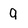
Character: 9